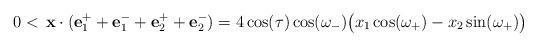
LaTeX: \begin{align*}0< \,\mathbf{x}\cdot (\mathbf{e}_1^++\mathbf{e}_1^-+\mathbf{e}_2^++\mathbf{e}_2^-)=4\cos(\tau)\cos(\omega_-)\big(x_1\cos(\omega_+)-x_2\sin(\omega_+)\big)\end{align*}